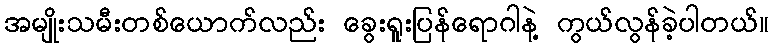
အမျိုးသမီးတစ်ယောက်လည်း ခွေးရူးပြန်ရောဂါနဲ့ ကွယ်လွန်ခဲ့ပါတယ်။